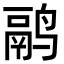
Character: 鹝